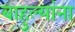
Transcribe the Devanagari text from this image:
बाहुल्यांना